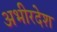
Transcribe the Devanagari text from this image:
अभीरदेश